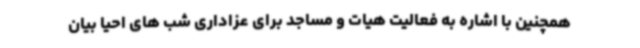
همچنین با اشاره به فعالیت هیات و مساجد برای عزاداری شب های احیا بیان